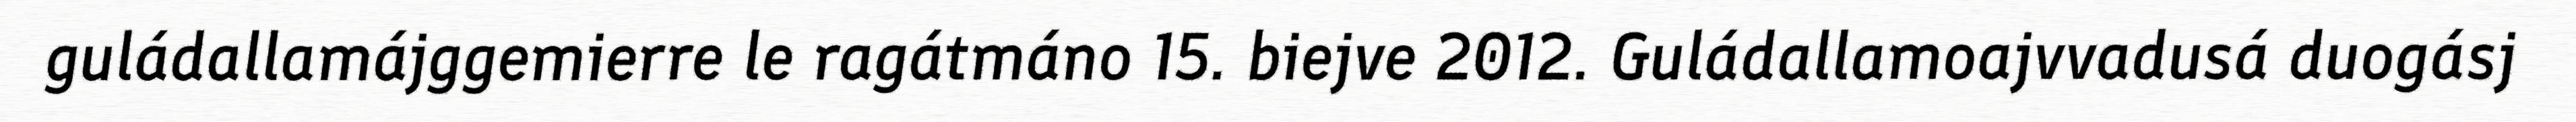
guládallamájggemierre le ragátmáno 15. biejve 2012. Guládallamoajvvadusá duogásj